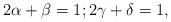
LaTeX: \begin{align*}2\alpha+\beta=1; 2\gamma+\delta=1,\end{align*}